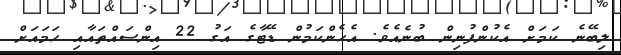
ލިބޭނެ ކަމަށް އެކުންފުނިން ބުނެއެވެ. އެހެންކަމުން ޑޭޓާގެ އަގު 22 އިންސައްތައާއި ހަމައަށް